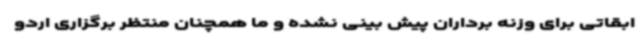
ابقاتی برای وزنه برداران پیش بینی نشده و ما همچنان منتظر برگزاری اردو